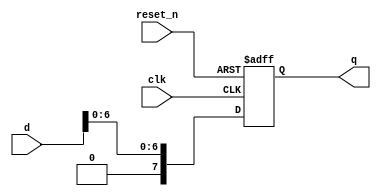
module shift_reg_pipo_buggy(
    input reset_n,
    input clk,
    input [7:0] d,
    output reg [7:0] q
);

    always @(posedge clk or negedge reset_n) begin

        if(!reset_n)
            q <= 0;
        else
            q[7:0] <= d[6:0]; //  this is wrong, it is done intentionally to show bug results on task test bench
    end

endmodule